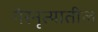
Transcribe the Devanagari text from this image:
गेरनृत्यातील